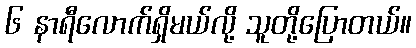
၆ နာရီလောက်ရှိမယ်လို့ သူတို့ပြောတယ်။